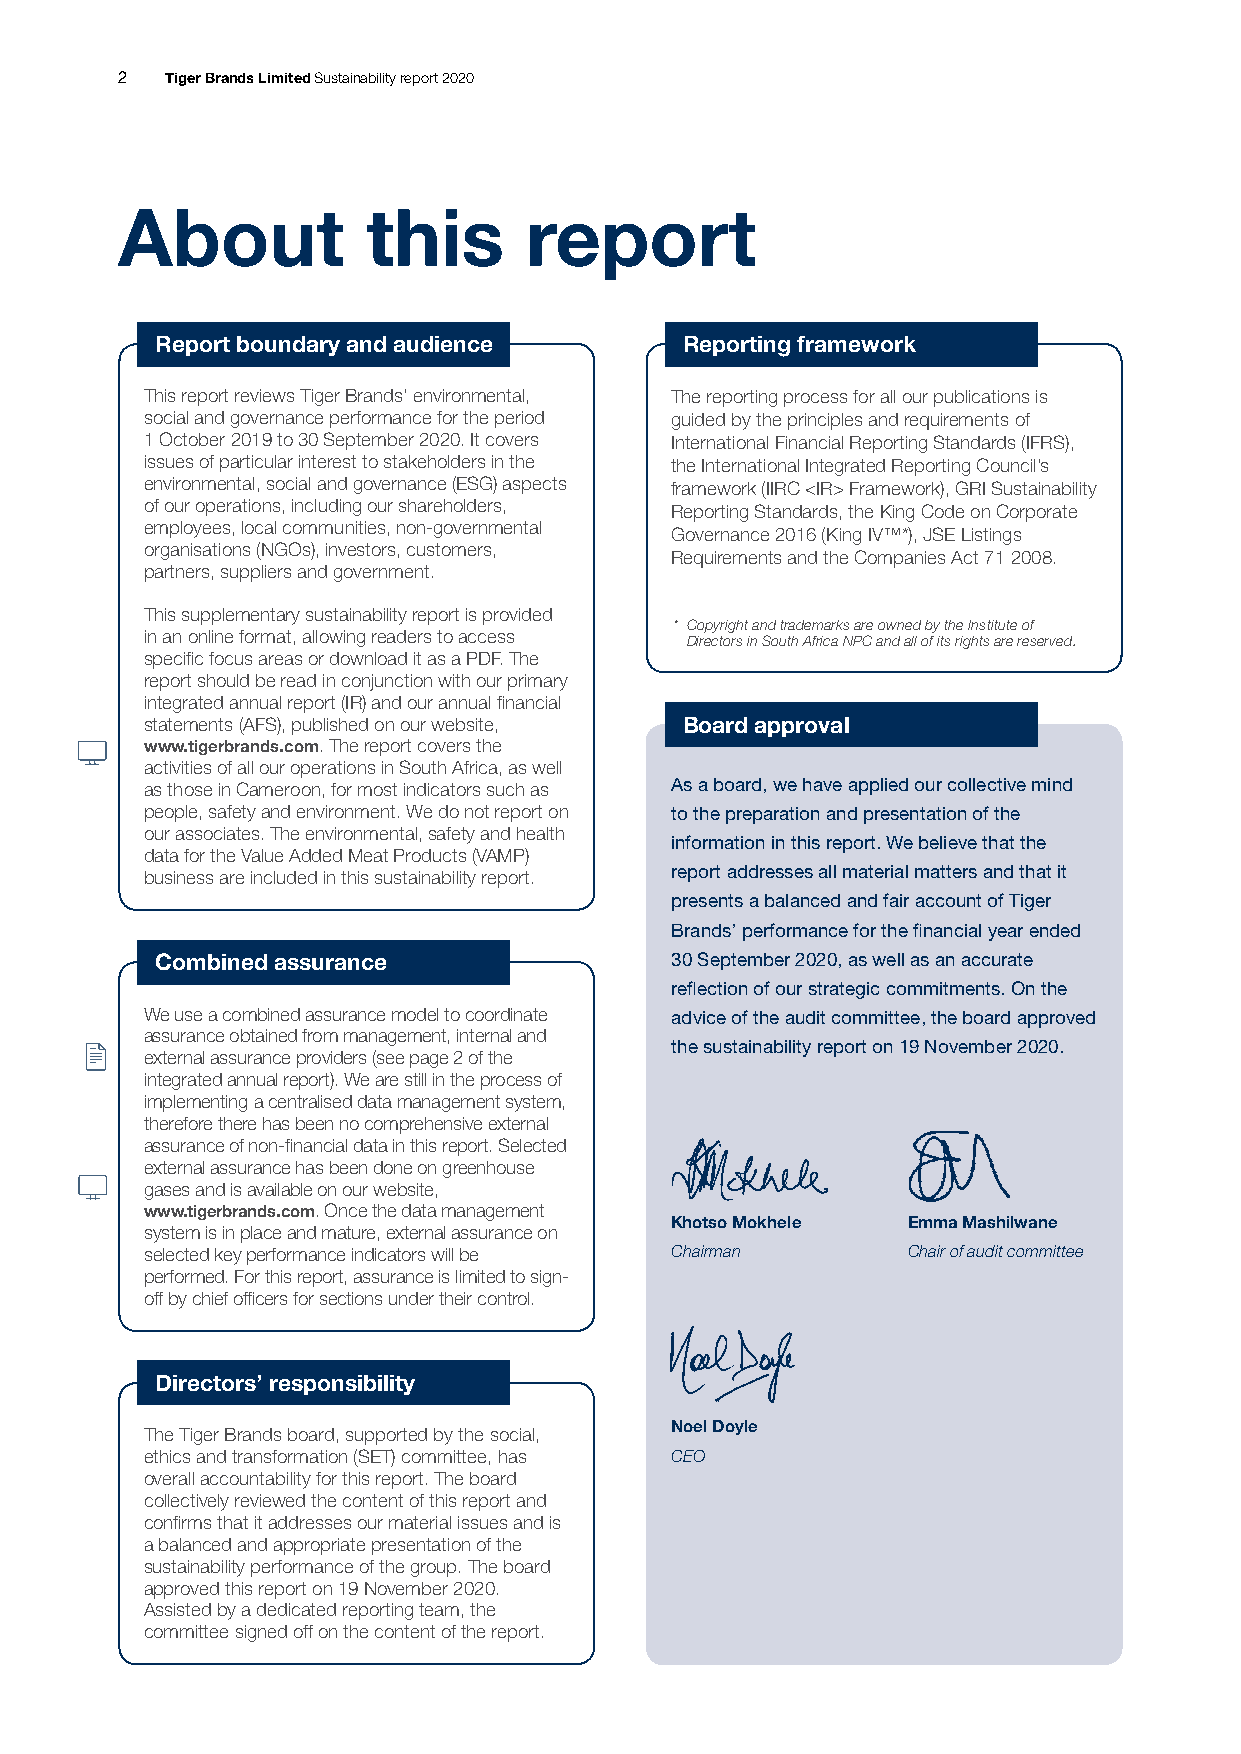
2  Tiger Brands Limited Sustainability report 2020
 About           this       report
 Report boundary and audience       Reporting framework
 This report reviews Tiger Brands’ environmental, The reporting process for all our publications is
 social and governance performance for the period guided by the principles and requirements of
 1 October 2019 to 30 September 2020. It covers International Financial Reporting Standards (IFRS),
 issues of particular interest to stakeholders in the the International Integrated Reporting Council’s
 environmental, social and governance (ESG) aspects framework (IIRC <IR> Framework), GRI Sustainability
 of our operations, including our shareholders, Reporting Standards, the King Code on Corporate
 employees, local communities, non-governmental
 Governance 2016 (King IV™*), JSE Listings
 organisations (NGOs), investors, customers,
 Requirements and the Companies Act 71 2008.
 partners, suppliers and government.
 This supplementary sustainability report is provided
 * Copyright and trademarks are owned by the Institute of
 in an online format, allowing readers to access
 Directors in South Africa NPC and all of its rights are reserved.
 specific focus areas or download it as a PDF. The
 report should be read in conjunction with our primary
 integrated annual report (IR) and our annual financial
 statements (AFS), published on our website, Board approval
 www.tigerbrands.com. The report covers the
 activities of all our operations in South Africa, as well
 as those in Cameroon, for most indicators such as As a board, we have applied our collective mind
 people, safety and environment. We do not report on to the preparation and presentation of the
 our associates. The environmental, safety and health
 information in this report. We believe that the
 data for the Value Added Meat Products (VAMP)
 business are included in this sustainability report. report addresses all material matters and that it
 presents a balanced and fair account of Tiger
 Brands’ performance for the financial year ended
 Combined assurance                30 September 2020, as well as an accurate
 reflection of our strategic commitments. On the
 We use a combined assurance model to coordinate advice of the audit committee, the board approved
 assurance obtained from management, internal and
 the sustainability report on 19 November 2020.
 external assurance providers (see page 2 of the
 integrated annual report). We are still in the process of
 implementing a centralised data management system,
 therefore there has been no comprehensive external
 assurance of non-financial data in this report. Selected
 external assurance has been done on greenhouse
 gases and is available on our website,
 www.tigerbrands.com. Once the data management
 Khotso Mokhele  Emma Mashilwane
 system is in place and mature, external assurance on
 selected key performance indicators will be Chairman Chair of audit committee
 performed. For this report, assurance is limited to sign-
 off by chief officers for sections under their control.
 Directors’ responsibility
 Noel Doyle
 The Tiger Brands board, supported by the social,
 ethics and transformation (SET) committee, has CEO
 overall accountability for this report. The board
 collectively reviewed the content of this report and
 confirms that it addresses our material issues and is
 a balanced and appropriate presentation of the
 sustainability performance of the group. The board
 approved this report on 19 November 2020.
 Assisted by a dedicated reporting team, the
 committee signed off on the content of the report.